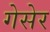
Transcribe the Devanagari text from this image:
गेसेर